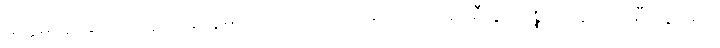
မကွဲမကွာချင်ကြဘူး၊ ရန်သူမျိုး ငါးပါးကြောင့် မတော်တဆ စီးပွားဥစ္စာတွေ ပျက်စီးသွားရင်